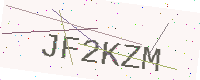
Text: JF2KZM